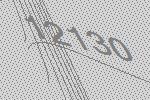
12130